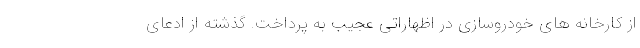
از کارخانه های خودروسازی در اظهاراتی عجیب به پرداخت. گذشته از ادعای